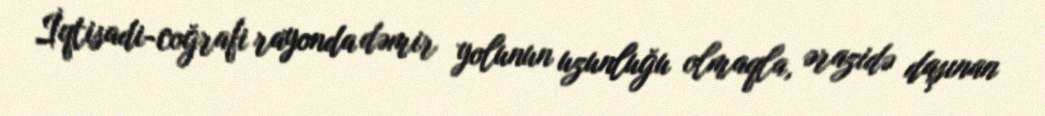
İqtisadi-coğrafi rayonda dəmir yolunun uzunluğu olmaqla, ərazidə daşınan